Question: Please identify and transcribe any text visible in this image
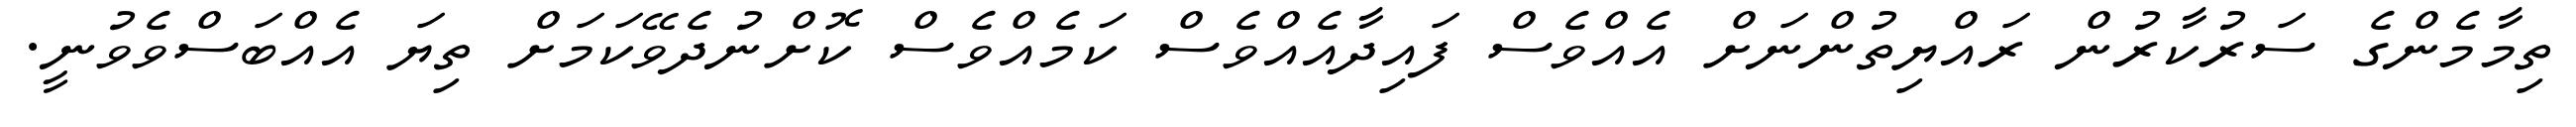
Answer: ތިމާމެންގެ ސަރުކާރުން ރައްޔިތުންނަށް އެއްވެސް ފައިދާއެއްވެސް ކަމެއްވެސް ކޮށްނުދެވޭކަމަށް ތިޔަ އެއްބަސްވެވުނީ.